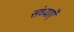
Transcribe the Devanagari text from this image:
संध्याएँ